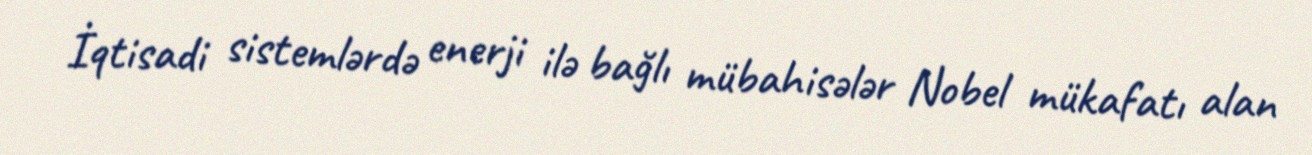
İqtisadi sistemlərdə enerji ilə bağlı mübahisələr Nobel mükafatı alan